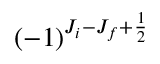
( - 1 ) ^ { J _ { i } - J _ { f } + \frac { 1 } { 2 } }